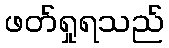
ဖတ်ရှုရသည်